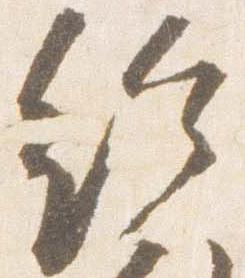
給